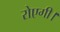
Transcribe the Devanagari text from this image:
रोएगी।